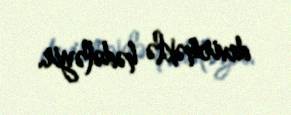
devirməklə hədələyir.